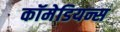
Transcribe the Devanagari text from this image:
कॉमेडियन्स